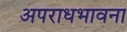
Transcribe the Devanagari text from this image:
अपराधभावना